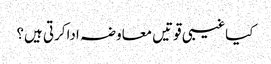
کیاغیبی قوتیں معاوضہ اداکرتی ہیں؟